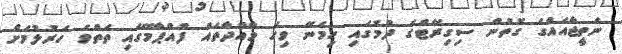
ނަތީޖާއެއްގެ ގޮތުން ސިގިރޭޓްގެ ދުމުގައި ހިމެނޭ ވިހަ މާއްދާތައް ފުއްޕާމޭގައި ތަތްވެ ހަރުލުމަށް